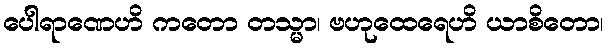
ပေါရာဏေဟိ ကတော တသ္မာ၊ ဗဟုထေရေဟိ ယာစိတော၊